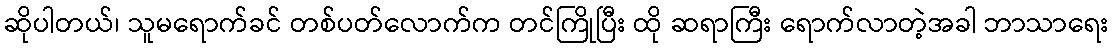
ဆိုပါတယ်၊ သူမရောက်ခင် တစ်ပတ်လောက်က တင်ကြိုပြီး ထို ဆရာကြီး ရောက်လာတဲ့အခါ ဘာသာရေး